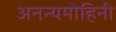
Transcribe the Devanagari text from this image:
अनन्यमोहिनी